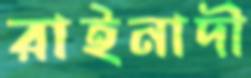
রাইনাদী